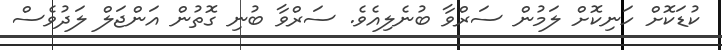
ކުޑަކޮށް ހަނިކޮށް ލަމުން ސަރްވާ ބުނެލިއެވެ. ސަރްވާ ބުނި ގޮތުން އަންޖަލް ލަދުވެސް